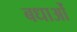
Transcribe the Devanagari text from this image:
बधाओं